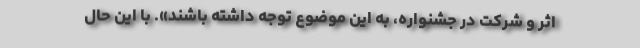
اثر و شرکت در جشنواره، به این موضوع توجه داشته باشند». با این حال